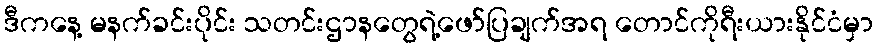
ဒီကနေ့ မနက်ခင်းပိုင်း သတင်းဌာနတွေရဲ့ဖော်ပြချက်အရ တောင်ကိုရီးယားနိုင်ငံမှာ